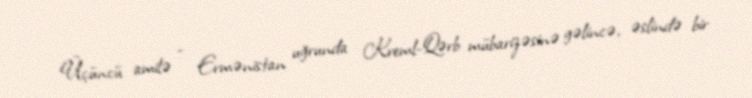
Üçüncü amilə - Ermənistan uğrunda Kreml-Qərb mübarizəsinə gəlincə, əslində bir